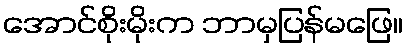
အောင်စိုးမိုးက ဘာမှပြန်မဖြေ။